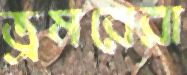
ভ্রমরেরা